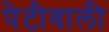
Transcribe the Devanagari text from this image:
पेटीवाली